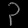
Digit: ၃